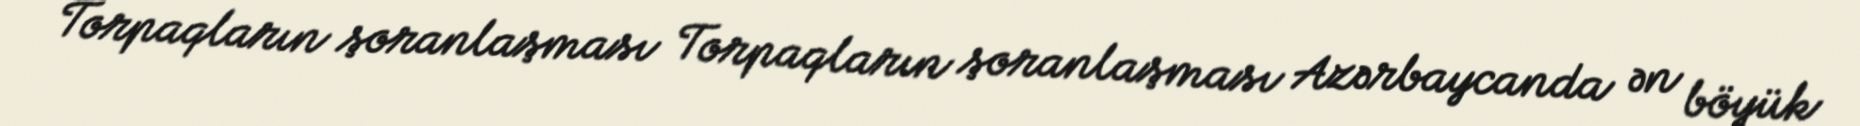
Torpaqların şoranlaşması Torpaqların şoranlaşması Azərbaycanda ən böyük